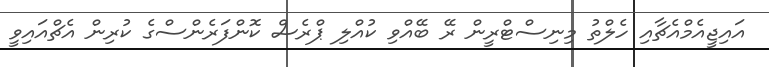
އައިޖީއެމްއެޗާއި ހެލްތު މިނިސްޓްރީން ރޭ ބޭއްވި ކުއްލި ޕްރެސް ކޮންފަރެންސްގެ ކުރިން އެޗްއައިވީ